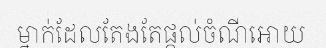
ម្នាក់ដែលតែងតែផ្តល់ចំណីអោយ